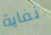
نفاية